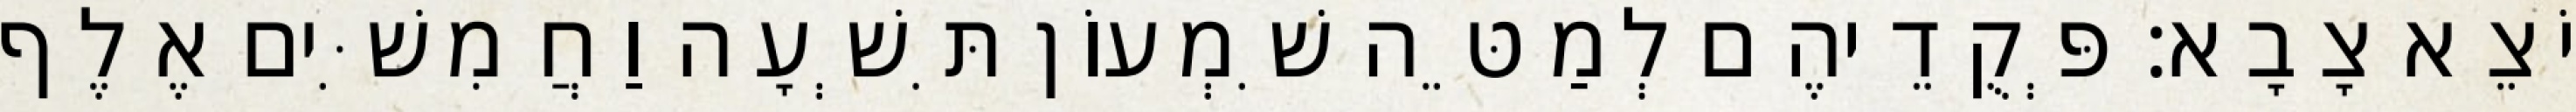
יֹצֵא צָבָא׃ פְּקֻדֵיהֶם לְמַטֵּה שִׁמְעוֹן תִּשְׁעָה וַחֲמִשִּׁים אֶלֶף